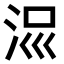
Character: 𣳧